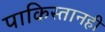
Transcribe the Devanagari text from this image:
पाकिस्तानही